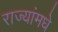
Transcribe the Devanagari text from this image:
राज्यांमधे